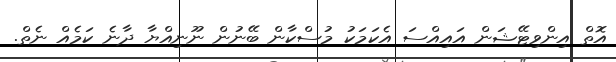
އޮތް އިންވިޓޭޝަން އައިއްސަ އެކަމަކު މުސްކާން ބޭނުން ނޫނިއްޔާ ދާނެ ކަމެއް ނެތް.